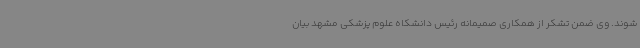
شوند. وی ضمن تشکر از همکاری صمیمانه رئیس دانشکاه علوم پزشکی مشهد بیان